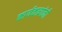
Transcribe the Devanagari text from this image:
कार्यकत्र्यांनी